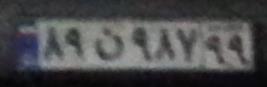
۸۹ن۹۸۷۹۹